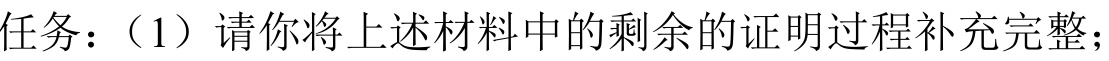
任务：（1）请你将上述材料中的剩余的证明过程补充完整；